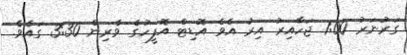
ގަަރުނަރު 1:00 ޖަހާއިރު އިރު އެވެ އޮޑިޓް އޮފީހުގެ ވެރިން 3:30 ގައެވެ.